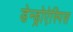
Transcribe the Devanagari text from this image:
डेन्ड्रोऐस्पिस